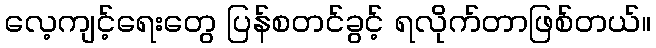
လေ့ကျင့်ရေးတွေ ပြန်စတင်ခွင့် ရလိုက်တာဖြစ်တယ်။